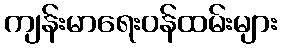
ကျန်းမာရေးဝန်ထမ်းများ